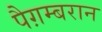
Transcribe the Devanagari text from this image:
पैग़म्बरान